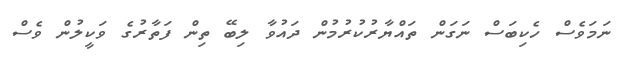
ނަމަވެސް ހެކިބަސް ނަގަން ތައްޔާރުކުރުމުން ދައުވާ ލިބޭ ތިން ފަތާރުގެ ވަކީލުން ވެސް